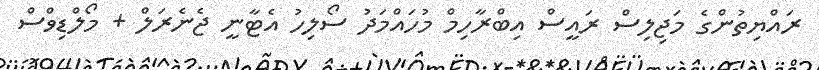
ރައްޔިތުންގެ މަޖިލިސް ރައީސް އިބްރާހިމް މުހައްމަދު ސޯލިހު އެޓާނީ ޖެނެރަލް + މޯލްޑިވްސް